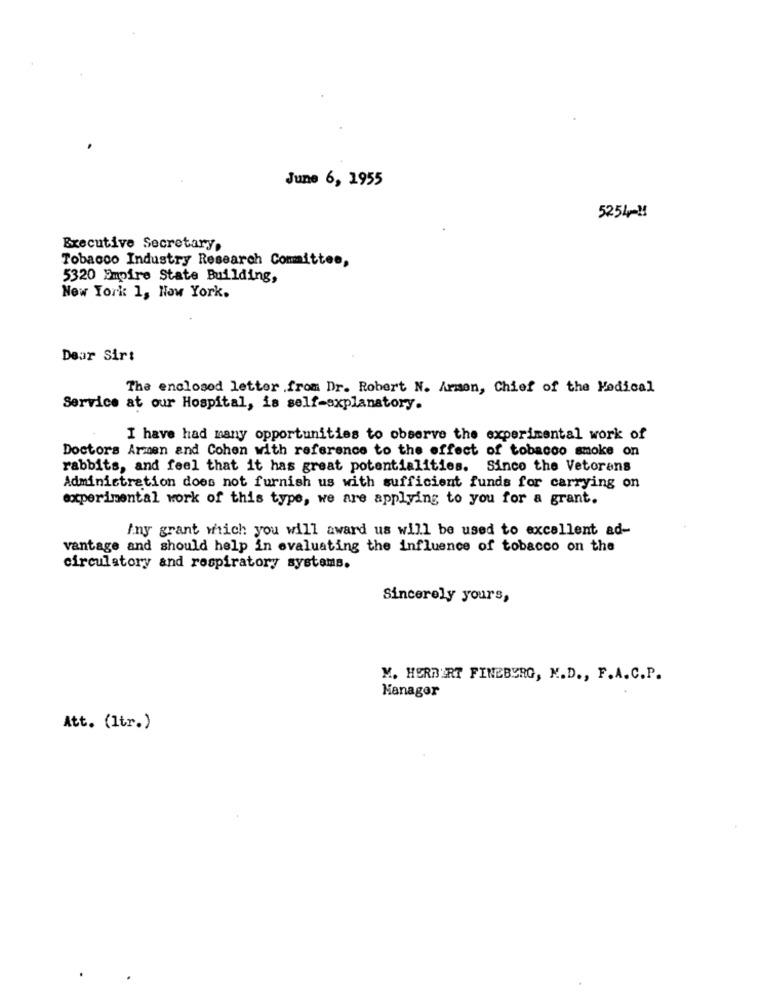
June 6, 1955
5254 -!!
Executive Secretary,
Tobacco Industry Research Committee,
5320 Empire State Building,
New York 1, How York.
Dear Sir:
The enclosed letter .from Dr. Robert N. Armen, Chief of the Medical
Service at our Hospital, is self-explanatory.
I have had many opportunities to observe the experimental work of
Doctors Armen and Cohen with reference to the effect of tobacco smoke on
rabbits, and feel that it has great potentialities. Sinco the Vetorens
Administration does not furnish us with sufficient funds for carrying on
experimental work of this type, we are applying to you for a grant.
iny grant which you will award us will be used to excellent ad-
vantage and should help in evaluating the influence of tobacco on the
circulatory and respiratory systems.
Sincerely yours,
M. HERBERT FINEBURG, N.D ., F.A. C.P.
Manager
Att. (1tr.)